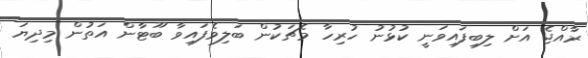
ރާއްޖެ އަށް ލިބިފައިވަނީ ކުޅުނު ހުރިހާ މެޗަކުން ބަލިވެފައިވާ ބޫޓާން އަތުން މިދިޔަ